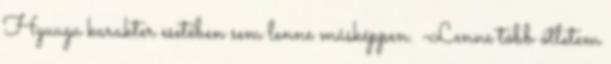
Hyuuga karakter esetében sem lenne másképpen. -Lenne több ötletem